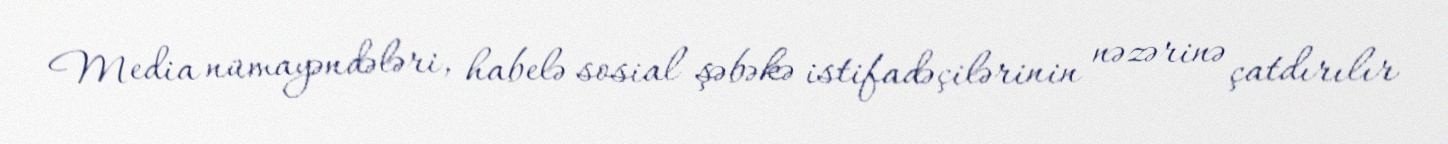
Media nümayəndələri, habelə sosial şəbəkə istifadəçilərinin nəzərinə çatdırılır